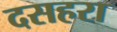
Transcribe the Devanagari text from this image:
दसहरा